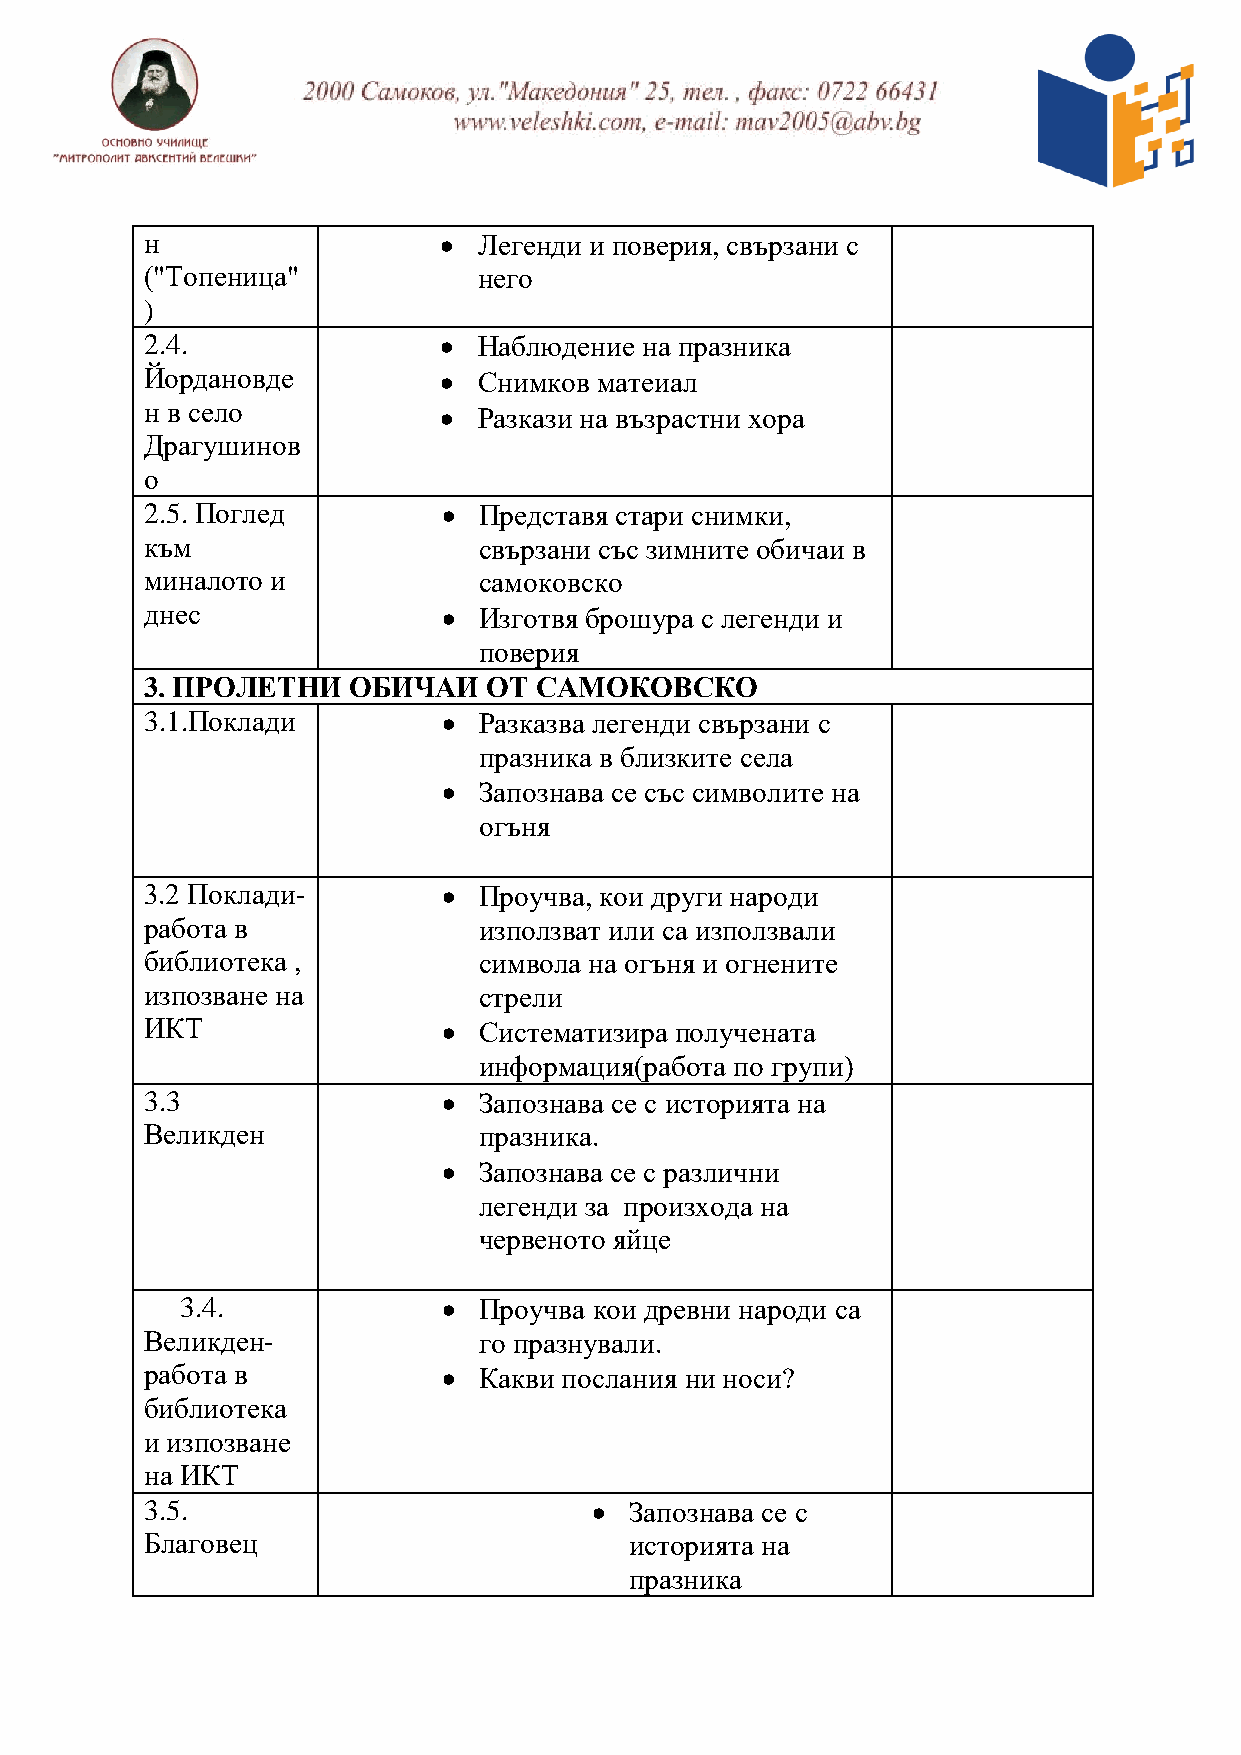
н                    Легенди и поверия, свързани с
 ("Топеница"           него
 )
 2.4.                 Наблюдение на празника
 Йордановде           Снимков матеиал
 н в село             Разкази на възрастни хора
 Драгушинов
 о
 2.5. Поглед          Представя стари снимки,
 към                   свързани със зимните обичаи в
 миналото и            самоковско
 днес                 Изготвя брошура с легенди и
 поверия
 3. ПРОЛЕТНИ  ОБИЧАИ   ОТ  САМОКОВСКО
 3.1.Поклади          Разказва легенди свързани с
 празника в близките села
   Запознава се със символите на
 огъня
 3.2 Поклади-         Проучва, кои други народи
 работа в              използват или са използвали
 библиотека ,          символа на огъня и огнените
 изпозване на          стрели
 ИКТ                  Систематизира получената
 информация(работа по групи)
 3.3                  Запознава се с историята на
 Великден              празника.
   Запознава се с различни
 легенди за произхода на
 червеното яйце
 3.4.               Проучва кои древни народи са
 Великден-             го празнували.
 работа в             Какви послания ни носи?
 библиотека
 и изпозване
 на ИКТ
 3.5.                           Запознава се с
 Благовец                        историята на
 празника